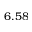
6 . 5 8